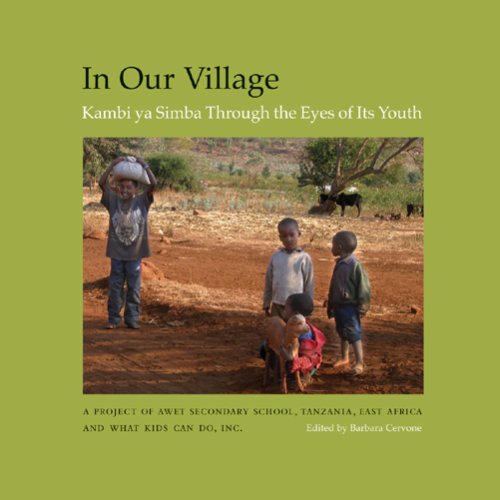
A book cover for In Our Village: Kambi ya Simba Through the Eyes of Its Youth; The Students at Awet Secondary School in Tanzania East Africa and What Kids can Do USA.; Travel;